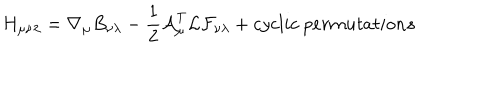
LaTeX: { H } _ { \mu \nu \lambda } = \nabla _ { \mu } { B } _ { \nu \lambda } - \frac { 1 } { 2 } { \cal A } _ { \mu } ^ { T } { \cal L } { \cal F } _ { \nu \lambda } + c y c l i c ~ p e r m u t a t i o n s